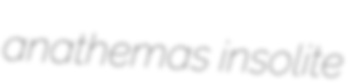
anathemas insolite